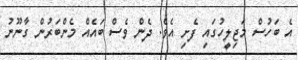
އެ ބަހުސް މަޖިލީހުގައި ފެށި އެވެ. ދެން ވެސް ބައެއް މެންބަރުން ގާނޫނު